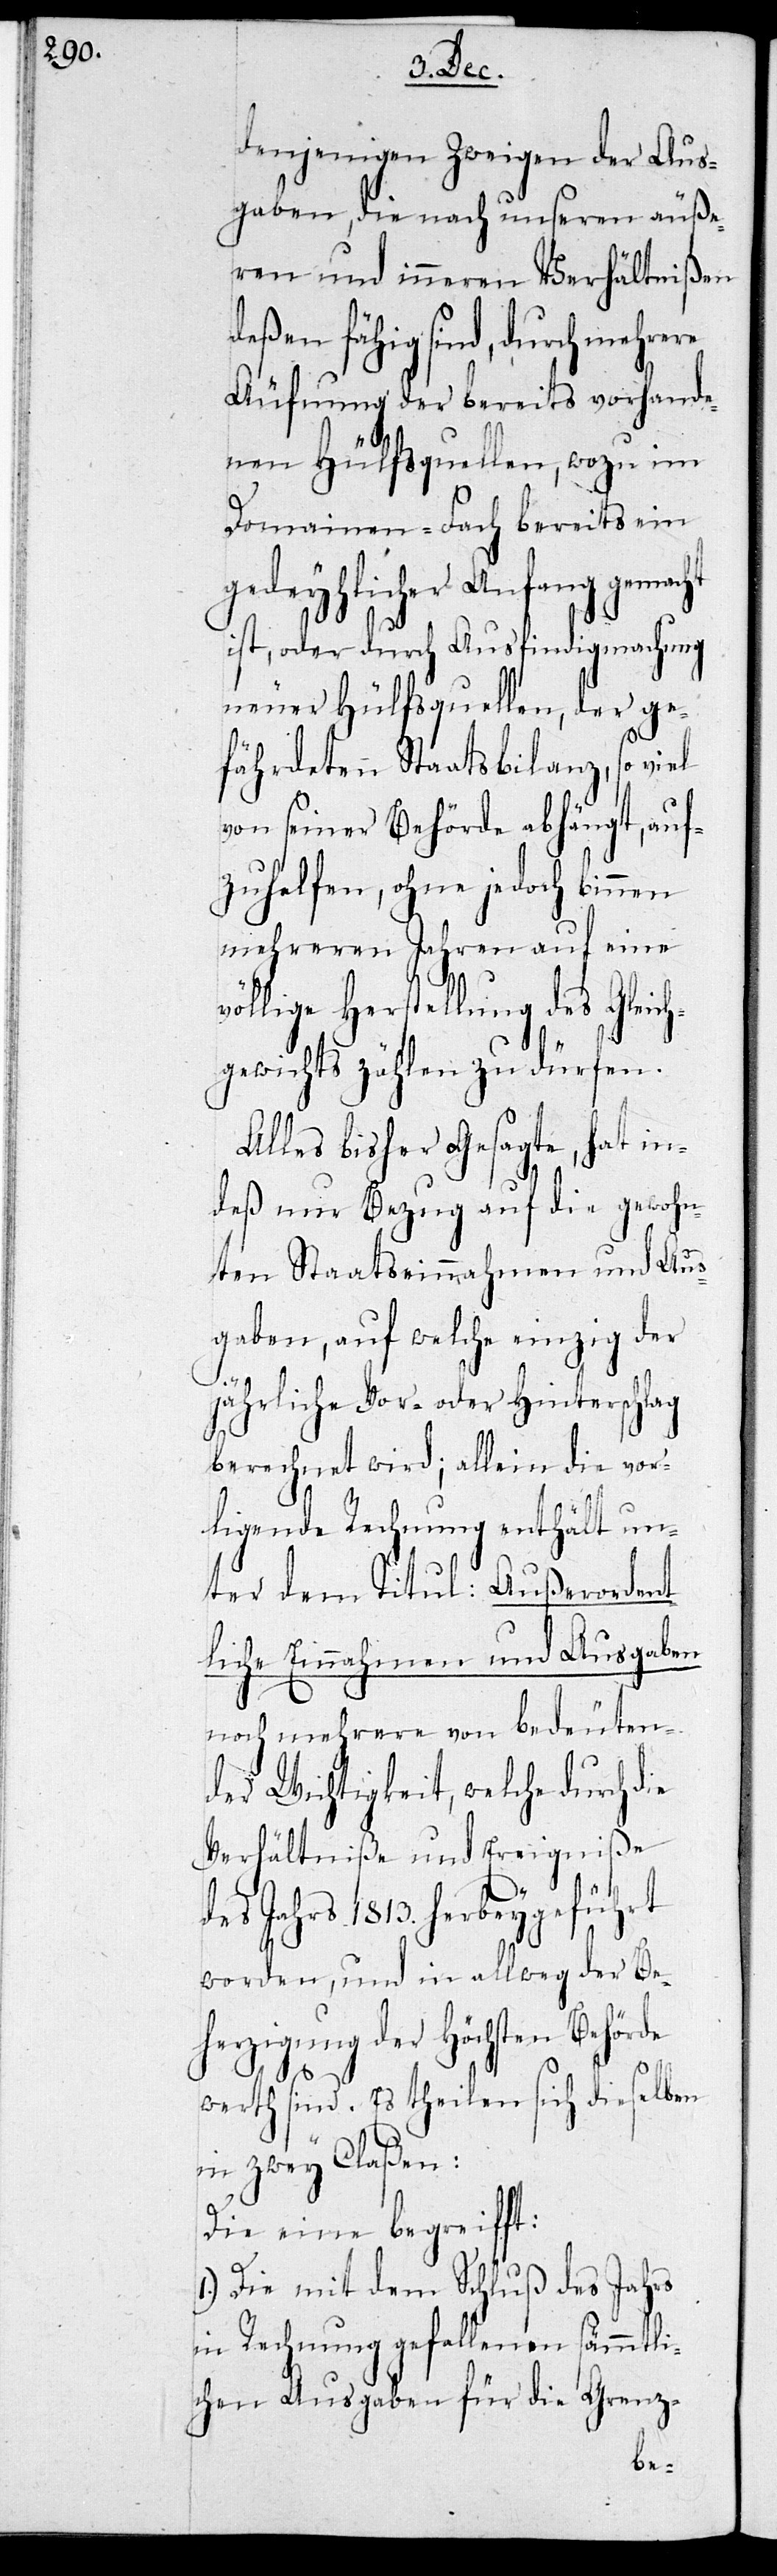
denjenigen Zweigen der Aus¬
gaben, die nach unseren äuße¬
ren und inneren Verhältnißen
deßen fähig sind, durch
Äufnung der bereits vorhande¬
nen Hülfsquellen, wozu im
Domainen-Fach bereits ein
gedeyhlicher Anfang gemacht
ist, oder durch Ausfindigmachung
neuer Hülfsquellen, der ge¬
fährdeten Staatsbilanz, so viel
von seiner Behörde abhängt, auf¬
zuhelfen, ohne jedoch binnen
mehreren Jahren auf eine
völlige Herstellung des Gleich¬
gewichts zählen zu dürfen.
Alles bisher Gesagte, hat in¬
deß nun Bezug auf die gewohn¬
ten Staatseinnahmen und Aus¬
gaben, auf welche einzig der
jährliche Vor- oder Hinterschlag
berechnet wird; allein die vor¬
ligende Rechnung enthält un¬
ter dem Titul: Außerordent¬
liche Einnahmen und Ausgaben
noch mehrere von bedeuten¬
der Wichtigkeit, welche durch die
Verhältniße und Ereigniße
des Jahrs 1813. herbeygeführt
worden, und in allweg der Be¬
herzigung der höchsten Behörde
werth sind. Es teilen sich dieselben
in zwey Claßen:
Die eine begreifft:
1.) Die mit dem Schluß des Jahrs
in Rechnung gefallenen sämmtli¬
chen Ausgaben für die Grenz-